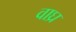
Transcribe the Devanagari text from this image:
वाघ्र